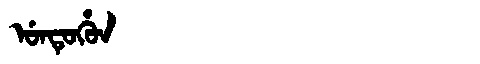
Manchu: ᡠᠨᡨᡠᡥᡠᠨ
Romanization: UNTUHUN